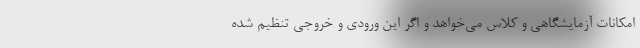
امکانات آزمایشگاهی و کلاس می‌خواهد و اگر این ورودی و خروجی تنظیم شده